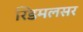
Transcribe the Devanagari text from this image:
रिडमलसर